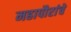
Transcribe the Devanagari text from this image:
महापौरांचे